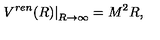
\left. V ^ { r e n } ( R ) \right| _ { R \to \infty } = M ^ { 2 } R ,